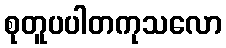
စုတူပပါတကုသလော